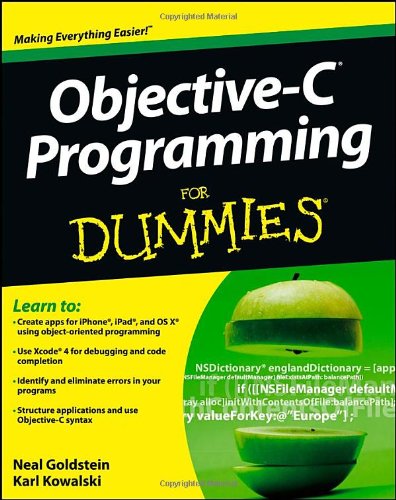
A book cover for Objective-C Programming For Dummies; Neal Goldstein; Computers & Technology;